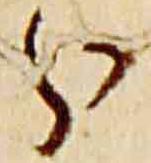
分